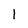
Character: l